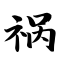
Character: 祸